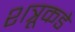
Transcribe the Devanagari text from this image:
शत्रूकडे